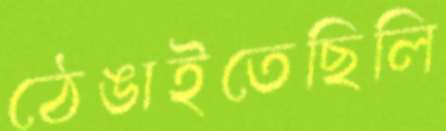
ঠেঙাইতেছিলি